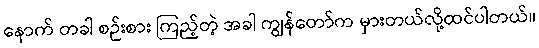
နောက် တခါ စဉ်းစား ကြည့်တဲ့ အခါ ကျွန်တော်က မှားတယ်လို့ထင်ပါတယ်။